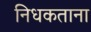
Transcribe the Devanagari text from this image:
निधकताना